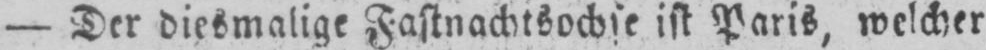
- Der diesmalige Fastnachtsochse ist Paris, welcher